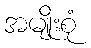
အမျိုးစုံ